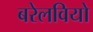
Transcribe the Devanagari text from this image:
बरेलवियो